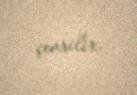
çevrilir.